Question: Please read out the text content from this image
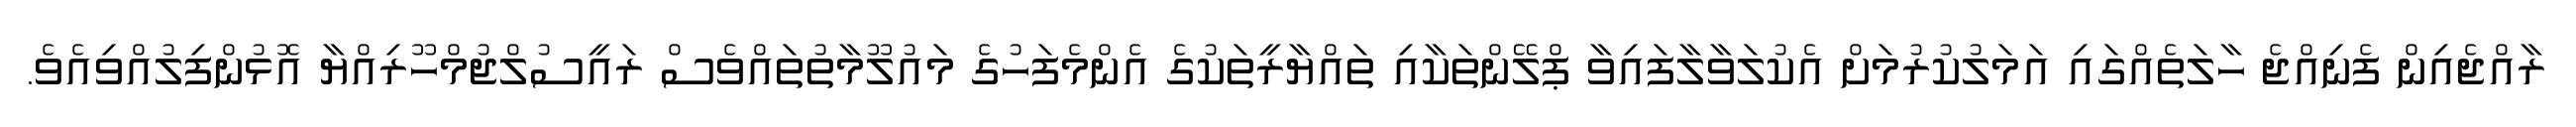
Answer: ރާއްޖެއިން ފެނިއްޖެ ހާލަތެއްގައި އަމަލުކުރުމަށް އެކުލަވާލާފައިވާ ޕްލޭންތަކާއި ތައްޔާރީތަކުގެ އެންމެފަހުގެ މައުލޫމާތުތައްވެސް ރައީސުލްޖުމްހޫރިއްޔާ އޮޅުންފިލުއްވިއެވެ.